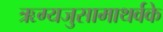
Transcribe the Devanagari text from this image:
ऋग्यजुसामाथर्वके